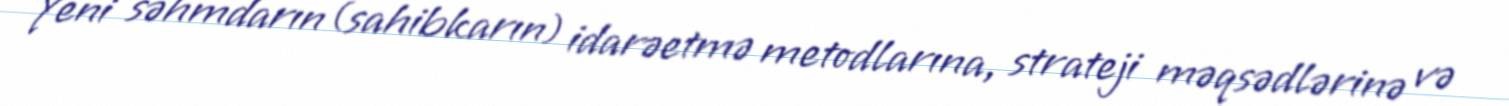
Yeni səhmdarın (sahibkarın) idarəetmə metodlarına, strateji məqsədlərinə və